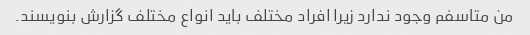
من متاسفم وجود ندارد زیرا افراد مختلف باید انواع مختلف گزارش بنویسند.